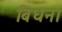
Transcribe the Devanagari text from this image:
बिधना